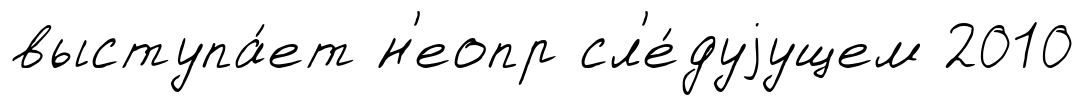
выступа́ет н'еопр сл'е́дуjущем 2010